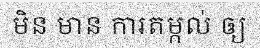
មិន មាន ការតម្កល់ ឲ្យ